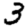
Digit: 3